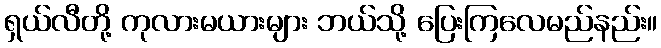
ရှယ်လီတို့ ကုလားမယားများ ဘယ်သို့ ပြေးကြလေမည်နည်း။